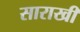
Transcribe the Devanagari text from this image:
साराखी